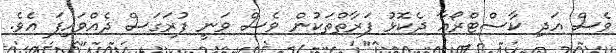
ވެސް އަދި ކާސްޓްރޯއާ ދެކޮޅު ފަރާތްތަކުން ވެސް ވަނީ ފުރަގަސް ދެއްވައިފަ އެވެ.